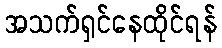
အသက်ရှင်နေထိုင်ရန်